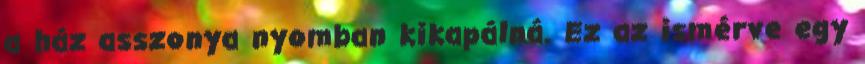
a ház asszonya nyomban kikapálná. Ez az ismérve egy